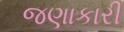
જણાકારી